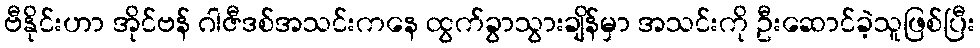
ဗီနိုင်းဟာ အိုင်ဗန် ဂါဇီဒစ်အသင်းကနေ ထွက်ခွာသွားချိန်မှာ အသင်းကို ဦးဆောင်ခဲ့သူဖြစ်ပြီး